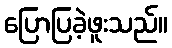
ပြောပြခဲ့ဖူးသည်။